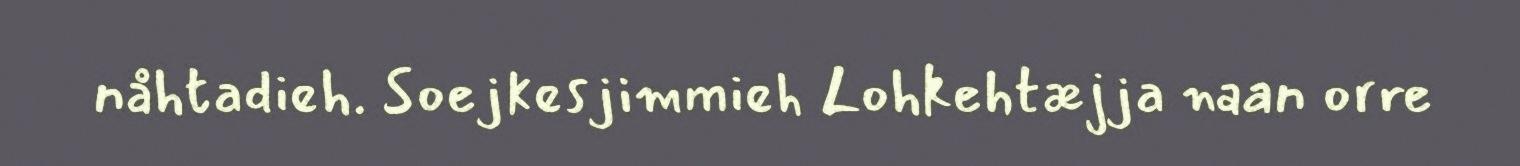
nåhtadieh. Soejkesjimmieh Lohkehtæjja naan orre